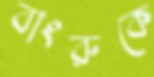
বাংরুকে